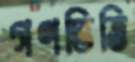
গণভিত্তি